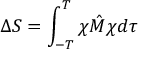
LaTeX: \Delta S = \int _ { - T } ^ { T } \chi \hat { M } \chi d \tau